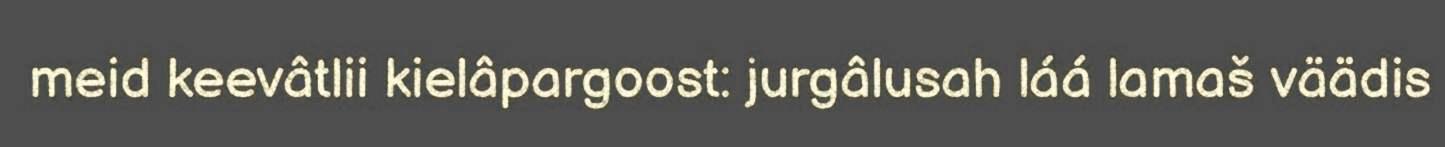
meid keevâtlii kielâpargoost: jurgâlusah láá lamaš väädis